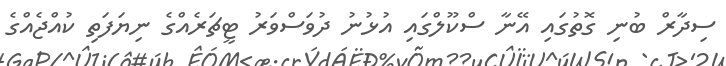
ސިދާރް ބުނި ގޮތުގައި އޭނާ ސްކޫލްގައި އުޅުނު ދުވަސްވަރު ޓީޗަރެއްގެ ނިޔަފަތި ކުއްޖެއްގެ